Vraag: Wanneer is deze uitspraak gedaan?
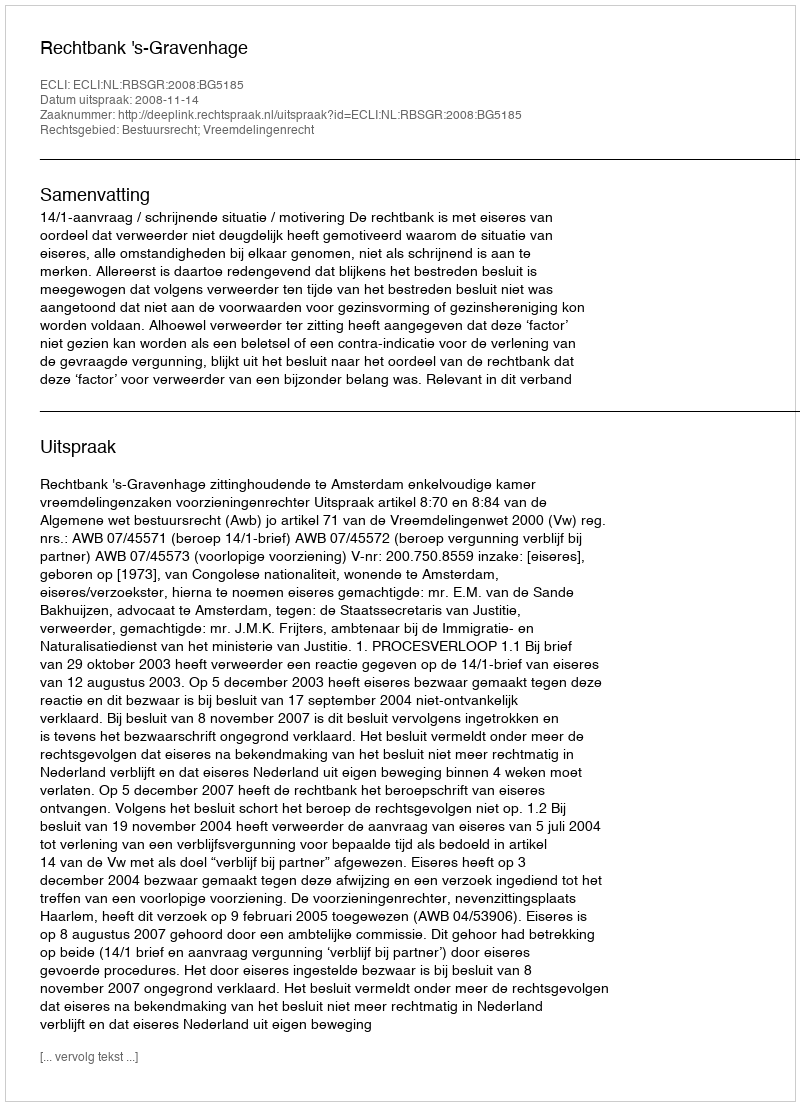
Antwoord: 2008-11-14